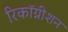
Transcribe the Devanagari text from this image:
रिकाॅग्नीशन